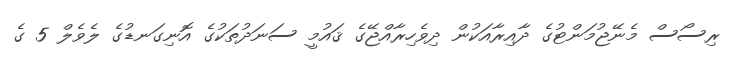
ރިސޯސް މެނޭޖުމަންޓުގެ ދާއިރާއަކުން ދިވެހިރާއްޖޭގެ ޤައުމީ ސަނަދުތަކުގެ އޮނިގަނޑުގެ ލެވެލް 5 ގެ